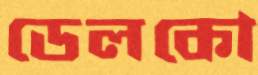
ডেলকো